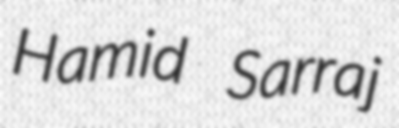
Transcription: Hamid Sarraj